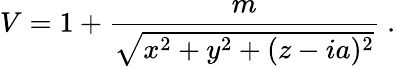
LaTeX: V=1+{\frac{m}{\sqrt{x^{2}+y^{2}+(z-ia)^{2}}}}\ .